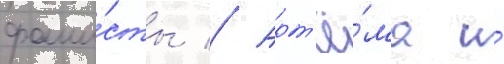
фаши́сты // Арт'ё́ма и́